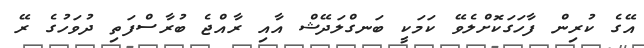
އޭގެ ކުރިން ފާހަގަކޮށްލެވޭ ކަމަކީ ބަނގްލަދޭޝް އާއި ރާއްޖެ ބުރާސްފަތި ދުވަހުގެ ރޭ